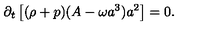
\partial _ { t } \left[ ( \rho + p ) ( A - \omega a ^ { 3 } ) a ^ { 2 } \right] = 0 .